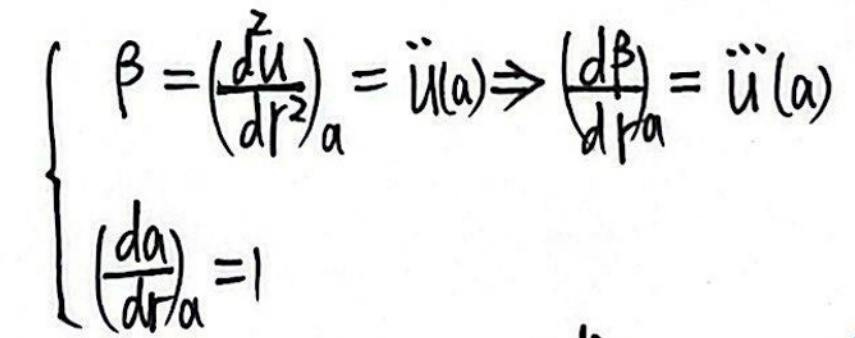
\[
\left\{
\begin{array}{l}
\beta=\left(\frac{\dot{U}}{d r}\right)_{a}=\dot{u}(a) \Rightarrow\left(\frac{d \beta}{d r}\right)_{a}=\ddot{u}(a)\\
\left(\frac{d a}{d r}\right)_{a}=1
\end{array}
\right.
\]